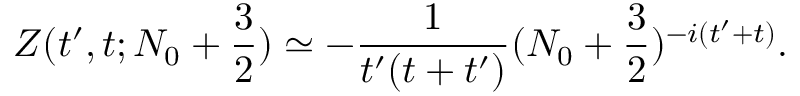
Z ( t ^ { \prime } , t ; N _ { 0 } + { \frac { 3 } { 2 } } ) \simeq - { \frac { 1 } { t ^ { \prime } ( t + t ^ { \prime } ) } } ( N _ { 0 } + { \frac { 3 } { 2 } } ) ^ { - i ( t ^ { \prime } + t ) } .